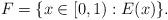
LaTeX: \begin{align*}F=\{x\in[0,1) : E(x)\}.\end{align*}